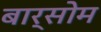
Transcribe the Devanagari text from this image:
बार्सोम